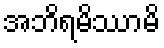
အဘိရမိဿာမိ